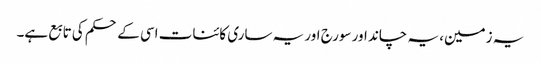
یہ زمین، یہ چاند اور سورج اور یہ ساری کائنات اسی کے حکم کی تابع ہے۔